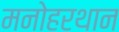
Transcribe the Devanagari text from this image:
मनोहरथान